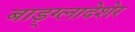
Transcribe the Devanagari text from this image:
बाड़्ग्लादेशेर